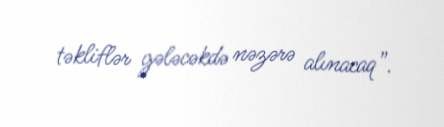
təkliflər gələcəkdə nəzərə alınacaq”.